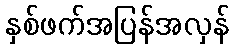
နှစ်ဖက်အပြန်အလှန်